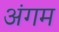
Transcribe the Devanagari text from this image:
अंगम